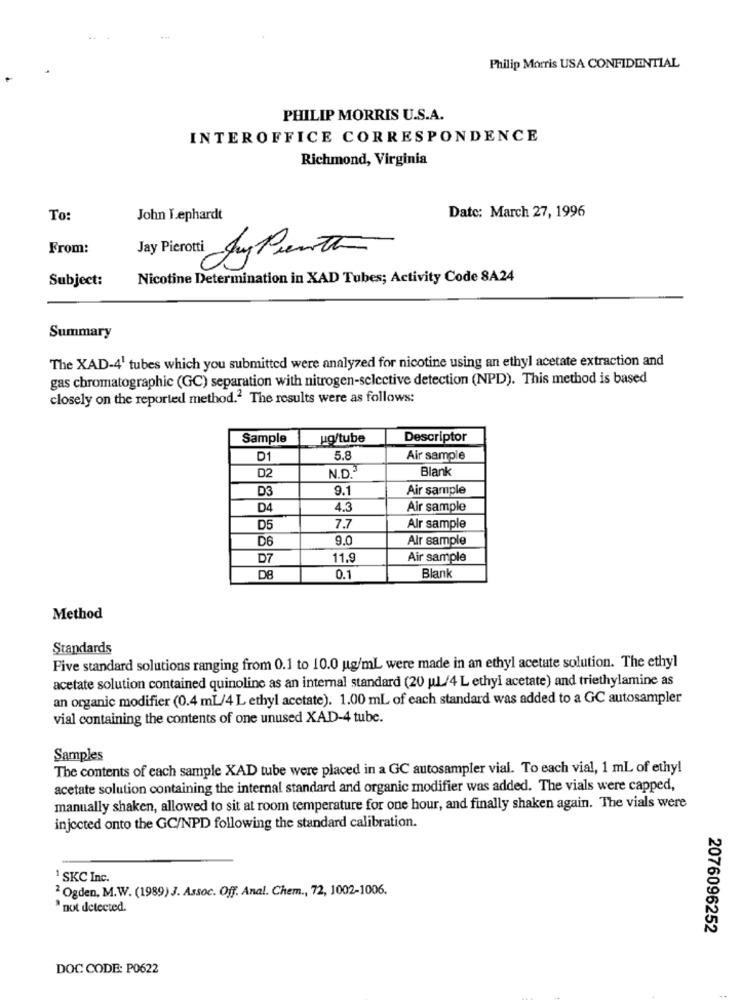
Philip Morris USA CONFIDENTIAL
PHILIP MORRIS U.S.A.
INTEROFFICE CORRESPONDENCE
Richmond, Virginia
To:
John Lephardt
Date: March 27, 1996
From:
Jay Pierotti AuPinto
Subject:
Nicotine Determination in XAD Tubes; Activity Code 8A24
Summary
The XAD-4' tubes which you submitted were analyzed for nicotine using an ethyl acetate extraction and
gas chromatographic (GC) separation with nitrogen-selective detection (NPD). This method is based
closely on the reported method." The results were as follows:
Sample
ug/tube
Descriptor
D1
5.8
Air sample
Blank
D2
N.D.3
D3
9.1
Air sample
D4
4.3
Air sample
D5
7.7
Alr sample
D6
9.0
Air sample
D7
11.9
Air sample
DB
0.1
Blank
Method
Standards
Five standard solutions ranging from 0.1 to 10.0 ug/mL were made in an ethyl acetate solution. The ethyl
acetate solution contained quinoline as an internal standard (20 ul /4 L ethyl acetate) and triethylamine as
an organic modifier (0.4 mL/4 L ethyl acetate). 1.00 ml of each standard was added to a GC autosampler
vial containing the contents of one unused XAD-4 tube.
Samples
The contents of each sample XAD tube were placed in a GC autosampler vial. To each vial, 1 mL of ethy!
acetate solution containing the internal standard and organic modifier was added. The vials were capped,
manually shaken, allowed to sit at room temperature for one hour, and finally shaken again. The vials were
injected onto the GC/NPD following the standard calibration.
1 SKC Inc.
2 Ogden, M.W. (1989) J. Assoc. Off. Anal. Chem ., 72, 1002-1006.
not detected.
2076096252
DOC CODE: P0622